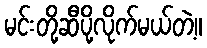
မင်းတို့ဆီပို့လိုက်မယ်တဲ့။